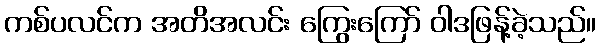
ကစ်ပလင်က အတိအလင်း ကြွေးကြော် ဝါဒဖြန့်ခဲ့သည်။